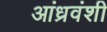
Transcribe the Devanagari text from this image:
आंध्रवंशी